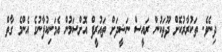
ދިނެވެ. ތަކުރާރުކޮށް ދޫތަކުން ރައީސް ނަޝީދަށް ތައުރީފް އޮށްސަމުން އެމަނިކުފާނުގެ އެންމެ ގާތް